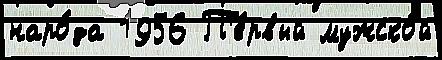
наро́да 1956 П'е́рвый мужско́й